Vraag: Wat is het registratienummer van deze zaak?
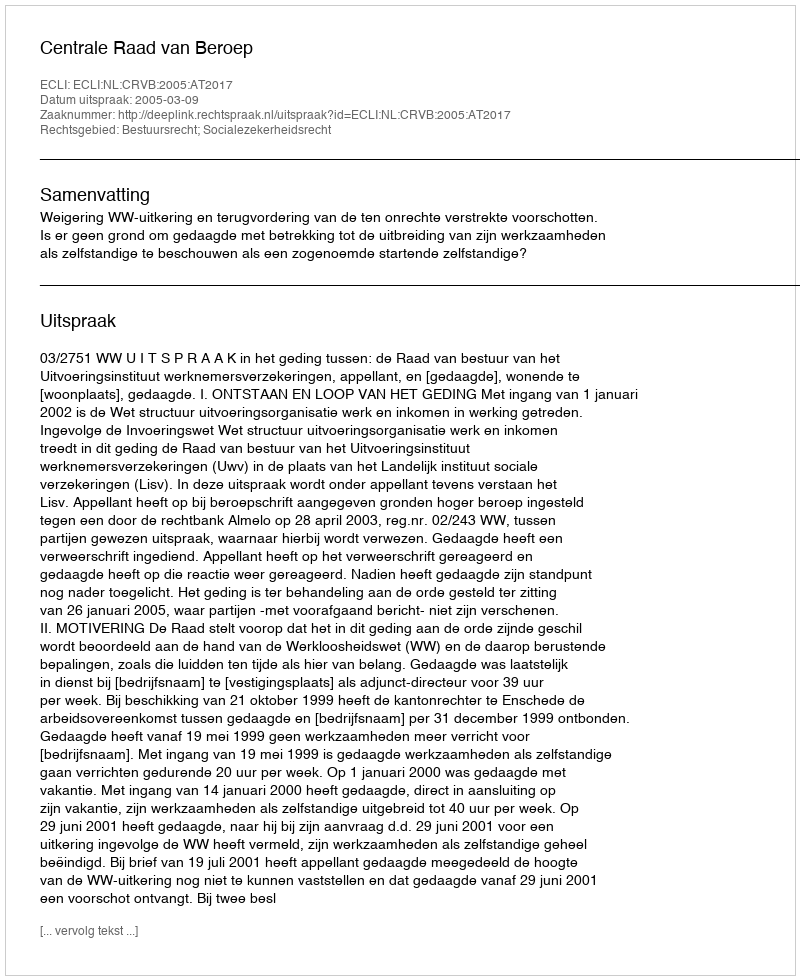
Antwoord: http://deeplink.rechtspraak.nl/uitspraak?id=ECLI:NL:CRVB:2005:AT2017